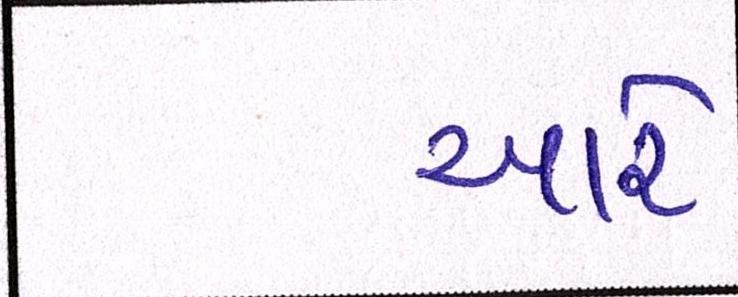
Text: આરે